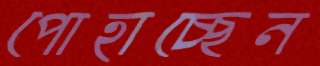
পোহাচ্ছেন